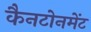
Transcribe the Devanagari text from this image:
कैनटोनमेंट